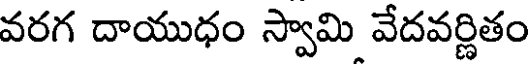
వరగ దాయుధం స్వామి వేదవర్ణితం